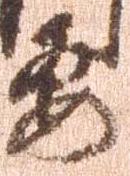
要